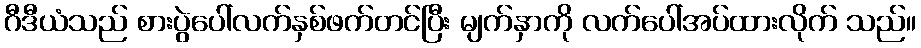
ဂီဒီယံသည် စားပွဲပေါ်လက်နှစ်ဖက်တင်ပြီး မျက်နှာကို လက်ပေါ်အပ်ထားလိုက် သည်။